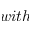
w i t h